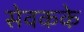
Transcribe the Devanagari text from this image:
सेवकके